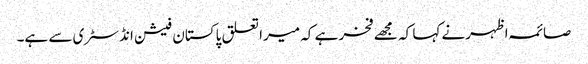
صائمہ اظہرنے کہا کہ مجھے فخر ہے کہ میرا تعلق پاکستان فیشن انڈسٹری سے ہے۔